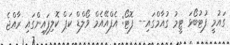
ގައުމީ ފުޓުބޯޅަ ޓީމު ގުއާމްގައި-- ފޮޓޯ: އެފްއޭއެމް ވޯލްޑް ކަޕް ކޮލިފައިންގައި ރާއްޖެ